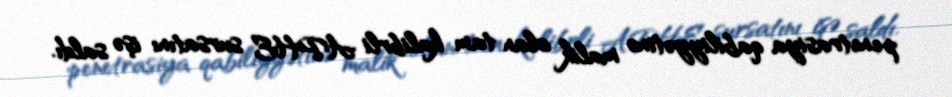
penetrasiya qabiliyyətinə malik olan tam kalibrli APHE sursatını işə saldı.